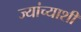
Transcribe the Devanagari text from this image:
ज्यांच्याशी